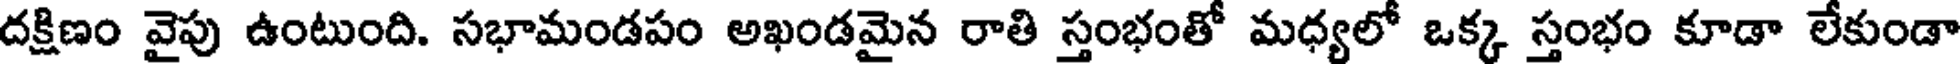
దక్షిణం వైపు ఉంటుంది. సభామండపం అఖండమైన రాతి స్తంభంతో మధ్యలో ఒక్క స్తంభం కూడా లేకుండా